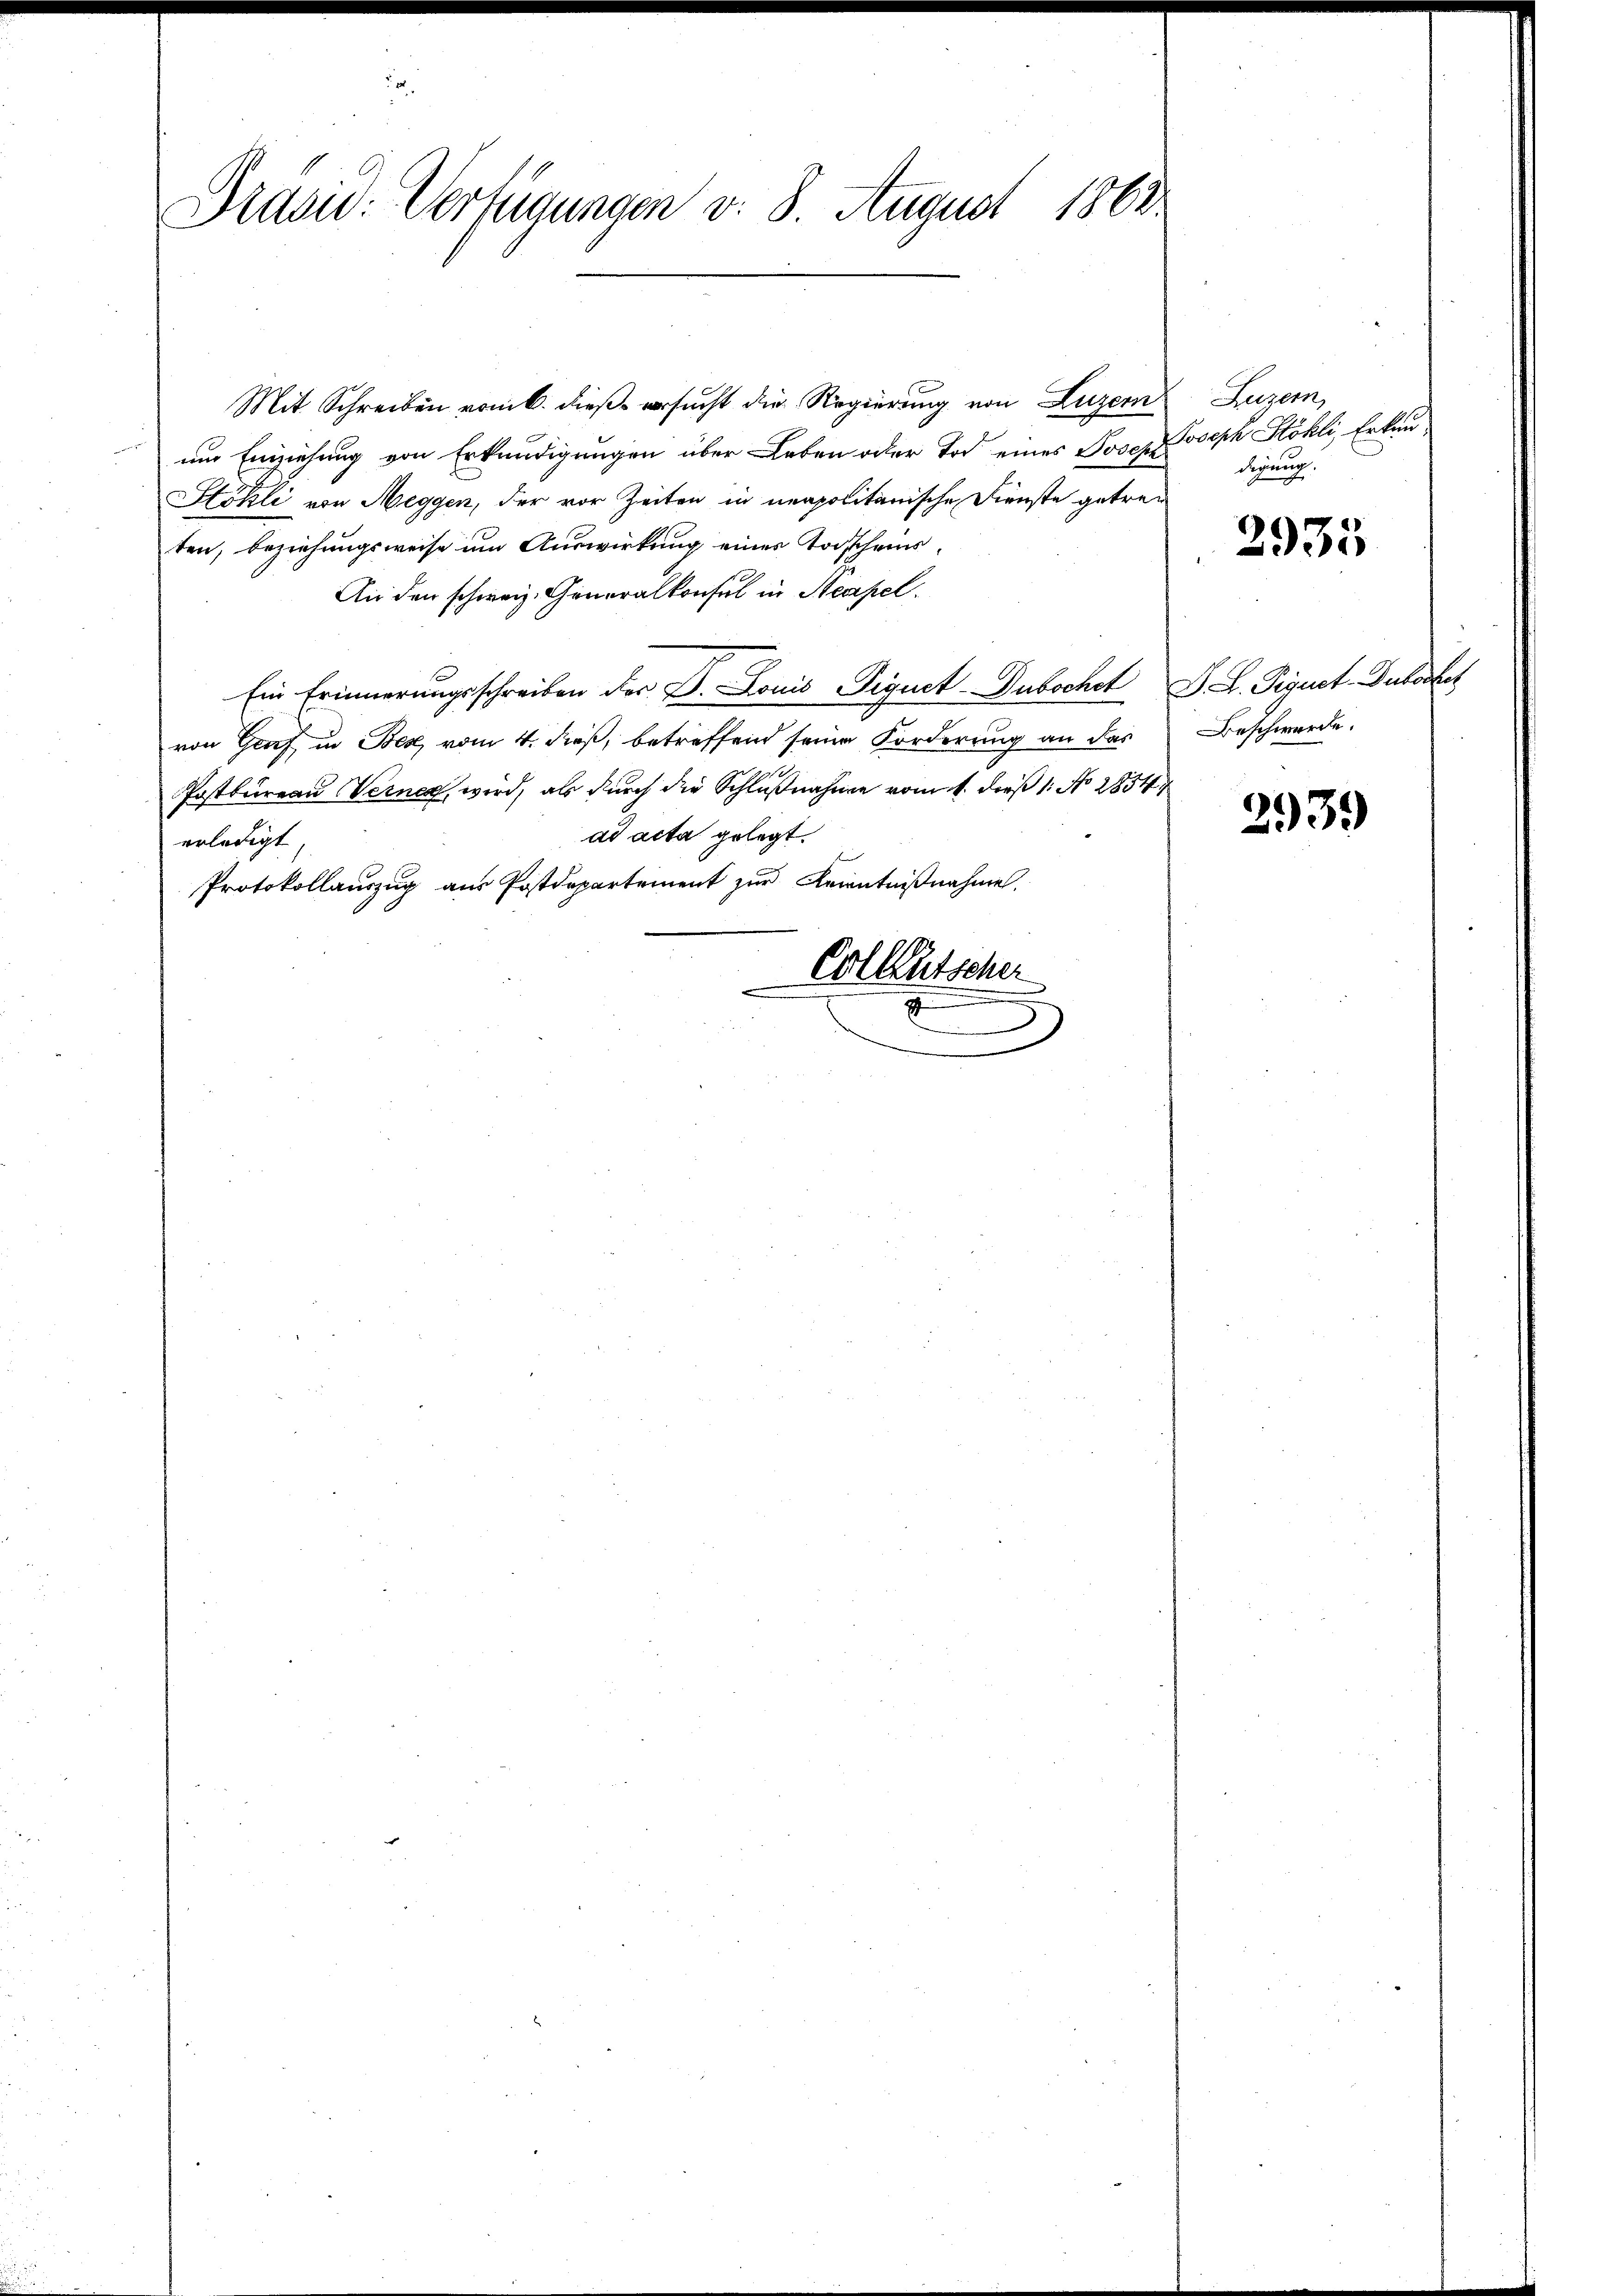
Präsid. Verfügungen v. 8. August 1862

Mit Schreiben vom 6. dieß versucht die Regierung von Luzern

um Einziehung von Erkundigungen über Leben oder Tod eines Joseph Joseph Köhli, Erkan
Hökli von Meggen, der vor Zeiten in neapolitanische Dienste getreten, beziehungsweise um Auswirkung eines Todscheins¬
An den schweiz. Generalkonsul in Stempel.
Ein Erinnerungsschreiben der D. Louis Piquet-Dubochet G. L. Figurt-Dutochet
von Graf in Bese vom 4. dieß, betreffend seine Forderung an das
4
Postbureau Verner wird, als durch die Schlußnahme vom 1. dieß 1: No 2834
ad acta gelegt.
erledigt
Protokollauszug aus Postdepartement zur Kenntnißnahme.
Colleütscher

Zugern,
digung.

2935

Beschwerde.

2939